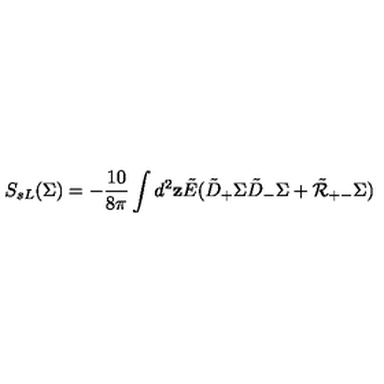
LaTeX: S _ { s L } ( \Sigma ) = - \frac { 1 0 } { 8 \pi } \int d ^ { 2 } { \bf z } \tilde { E } ( \tilde { D } _ { + } \Sigma \tilde { D } _ { - } \Sigma + \tilde { \cal R } _ { + - } \Sigma )